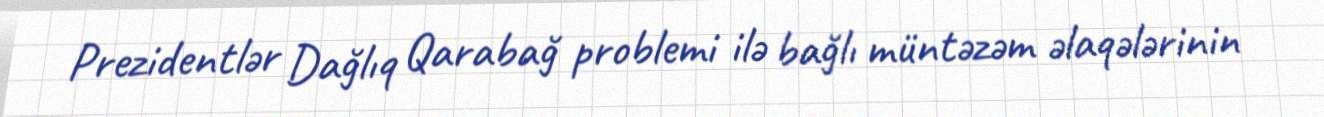
Prezidentlər Dağlıq Qarabağ problemi ilə bağlı müntəzəm əlaqələrinin